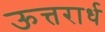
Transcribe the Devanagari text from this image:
ऊत्तरार्ध